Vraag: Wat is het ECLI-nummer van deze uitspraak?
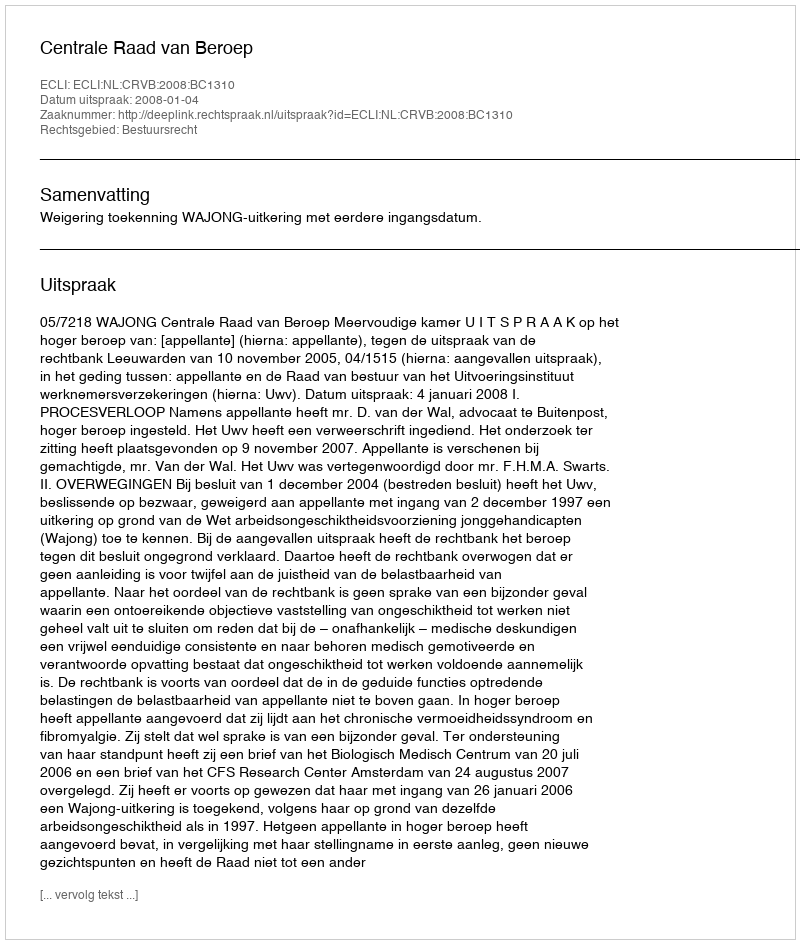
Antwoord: ECLI:NL:CRVB:2008:BC1310